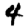
Digit: 4